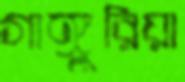
গাঙ্গুরিয়া